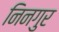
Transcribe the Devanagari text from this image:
निनगुर